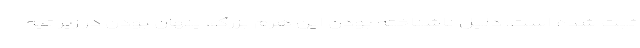
ثبت شده‌ است. دلیل ناشناخته بودن این هرم بزرگ، پنهان بودن در زیر تپه